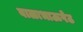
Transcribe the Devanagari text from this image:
बाळाभाऊपेठ